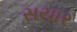
સયાર